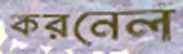
করনেল